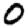
Digit: 0